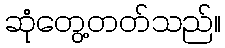
ဆုံတွေ့တတ်သည်။